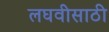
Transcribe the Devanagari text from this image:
लघवीसाठी